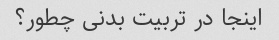
اینجا در تربیت بدنی چطور؟